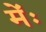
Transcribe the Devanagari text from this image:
मेंः